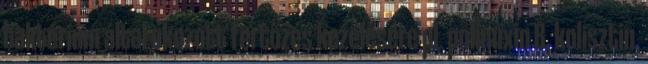
baktérium által okozott fertőzés kezelésére pl. polimixin B, kolisztin,